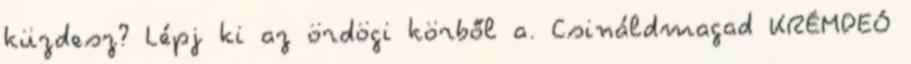
küzdesz? Lépj ki az ördögi körből a. Csináldmagad KRÉMDEÓ